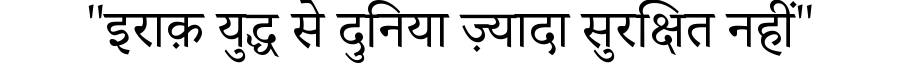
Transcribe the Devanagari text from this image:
"इराक़ युद्ध से दुनिया ज़्यादा सुरक्षित नहीं"